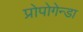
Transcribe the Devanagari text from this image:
प्रोपोगेन्डा